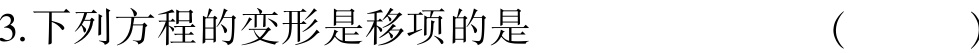
3.下列方程的变形是移项的是  ( )